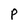
Character: P